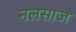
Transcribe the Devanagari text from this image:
नलसाज